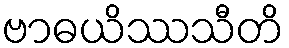
ဗာဓယိဿသီတိ